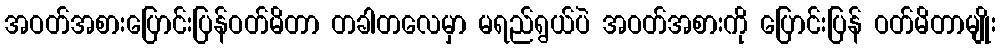
အဝတ်အစားပြောင်းပြန်ဝတ်မိတာ တခါတလေမှာ မရည်ရွယ်ပဲ အဝတ်အစားကို ပြောင်းပြန် ဝတ်မိတာမျိုး